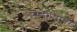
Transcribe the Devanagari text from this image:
उम्मीदावर